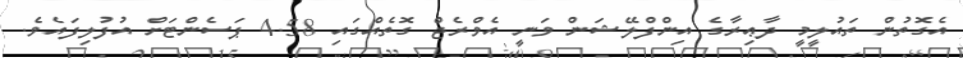
އެގޮތުން ތައުލީމީ ދާޢިރާގެ އިންފްލޭޝަން ވަނީ އެވްރެޖް ގޮތެއްގައި 4.58 ޕަސެންޓަށް އުފުލިފައެވެ.